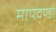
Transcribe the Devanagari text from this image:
मापदण्डो